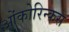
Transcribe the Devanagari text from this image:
ओंकोरिन्कस